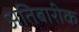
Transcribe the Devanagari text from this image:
अतिबारीक